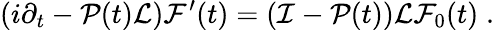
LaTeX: \left(i\partial_{t}-{\cal P}(t){\cal L}\right){\cal F}^{\prime}(t)=\left({\cal I}-{\cal P}(t)\right){\cal L}{\cal F}_{0}(t)\; .